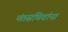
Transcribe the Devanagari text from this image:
पंतसचिवांना